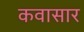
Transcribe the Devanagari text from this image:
कवासार